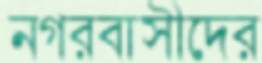
নগরবাসীদের